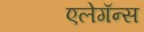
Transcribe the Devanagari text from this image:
एलेगॅन्स